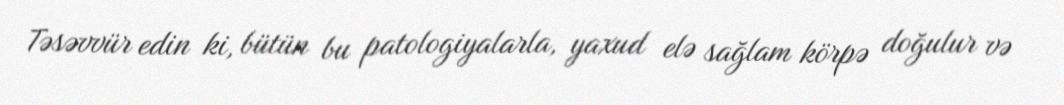
Təsəvvür edin ki, bütün bu patologiyalarla, yaxud elə sağlam körpə doğulur və